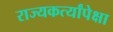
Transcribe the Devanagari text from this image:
राज्यकर्त्यांपेक्षा